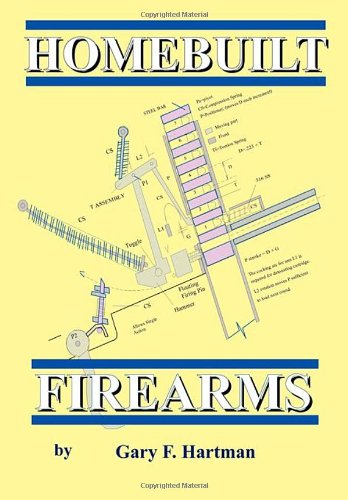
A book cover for Homebuilt Firearms; Gary F Hartman; Crafts, Hobbies & Home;